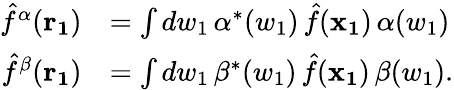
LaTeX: \begin{array}{rl}{\hat{f}^{\alpha}(\mathbf{r_{1}})}&{=\int dw_{1}\, \alpha^{*}(w_{1})\, \hat{f}(\mathbf{x_{1}})\, \alpha(w_{1})}\\ {\hat{f}^{\beta}(\mathbf{r_{1}})}&{=\int dw_{1}\, \beta^{*}(w_{1})\, \hat{f}(\mathbf{x_{1}})\, \beta(w_{1}).}\end{array}